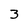
Character: 3